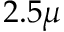
2 . 5 \mu